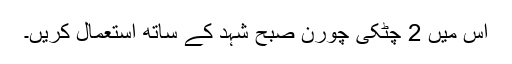
اس میں 2 چٹکی چورن صبح شہد کے ساتھ استعمال کریں۔